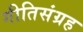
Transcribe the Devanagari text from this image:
गीतिसंग्रह